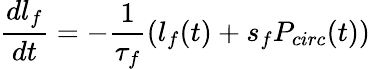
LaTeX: \frac{dl_{f}}{dt}=-\frac{1}{\tau_{f}}(l_{f}(t)+s_{f}P_{circ}(t))